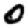
Digit: 0